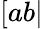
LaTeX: [ab|